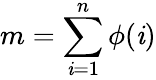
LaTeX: m=\sum_{\mathit{i}=1}^{n}\phi(\mathit{i})